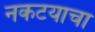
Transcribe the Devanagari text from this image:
नकटयाचा